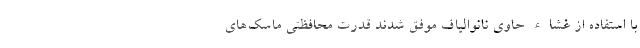
با استفاده از غشاء حاوی نانوالیاف موفق شدند قدرت محافظتی ماسک‌های